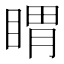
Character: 䁌